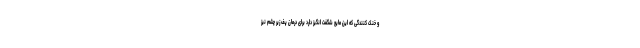
و خنک کنندگی که این مایع شگفت انگیز دارد برای درمان پف زیر چشم نیز